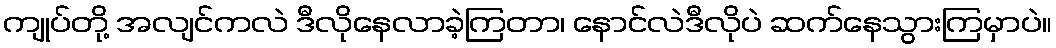
ကျုပ်တို့ အလျင်ကလဲ ဒီလိုနေလာခဲ့ကြတာ၊ နောင်လဲဒီလိုပဲ ဆက်နေသွားကြမှာပဲ။